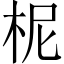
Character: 柅